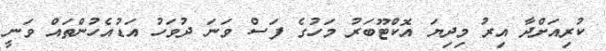
ކުރިއަށްދާ އިރު މިދިޔަ އޮކްޓޫބަރު މަހުގެ ފަސް ވަނަ ދުވަހު އަޑުއެހުންތައް ވަނީ